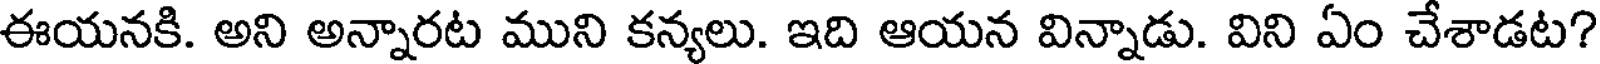
ఈయనకి. అని అన్నారట ముని కన్యలు. ఇది ఆయన విన్నాడు. విని ఏం చేశాడట?